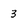
Character: 3